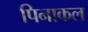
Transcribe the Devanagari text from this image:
पिनाकल